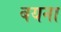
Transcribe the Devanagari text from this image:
बयना